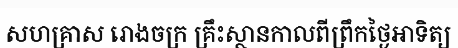
សហគ្រាស រោងចក្រ គ្រឹះស្ថានកាលពីព្រឹកថ្ងៃអាទិត្យ